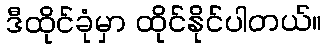
ဒီထိုင်ခုံမှာ ထိုင်နိုင်ပါတယ်။